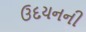
ઉદયનની